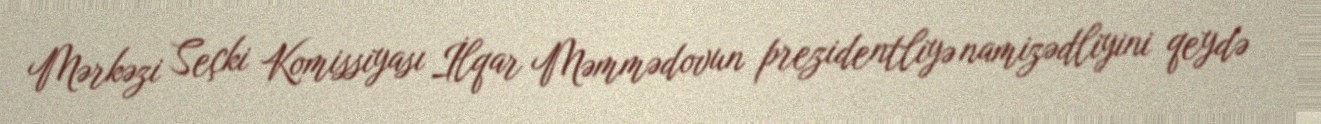
Mərkəzi Seçki Komissiyası İlqar Məmmədovun prezidentliyə namizədliyini qeydə